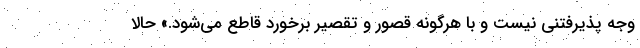
وجه پذیرفتنی نیست و با هرگونه قصور و تقصیر برخورد قاطع می‌شود.» حالا